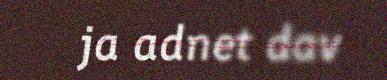
ja adnet dav